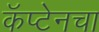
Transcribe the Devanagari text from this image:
कॅप्टेनचा